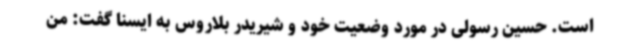
است. حسین رسولی در مورد وضعیت خود و شیریدر بلاروس به ایسنا گفت: من